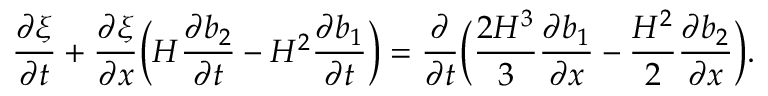
\frac { \partial \xi } { \partial t } + \frac { \partial \xi } { \partial x } \bigg ( H \frac { \partial b _ { 2 } } { \partial t } - H ^ { 2 } \frac { \partial b _ { 1 } } { \partial t } \bigg ) = \frac { \partial } { \partial t } \bigg ( \frac { 2 H ^ { 3 } } { 3 } \frac { \partial b _ { 1 } } { \partial x } - \frac { H ^ { 2 } } { 2 } \frac { \partial b _ { 2 } } { \partial x } \bigg ) .